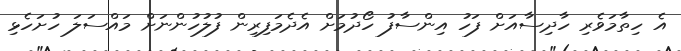
އެ ހިތާމަވެރި ހާދިސާއަށް ފަހު އިންސާފު ހޯދުމަށް އެދެމަފިރިން ފުލުހުންނަށް މައްސަލަ ހުށަހެޅި